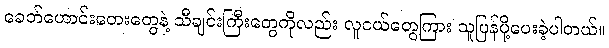
ခေတ်ဟောင်းတေးတွေနဲ့ သီချင်းကြီးတွေကိုလည်း လူငယ်တွေကြား သူပြန်ပို့ပေးခဲ့ပါတယ်။